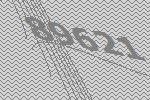
89621